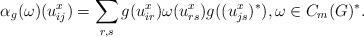
\begin{align*}\alpha_g(\omega)(u^x_{ij})=\sum_{r,s}g(u^x_{ir})\omega(u^x_{rs})g((u^x_{js})^*), \omega\in C_m(G)^*.\end{align*}